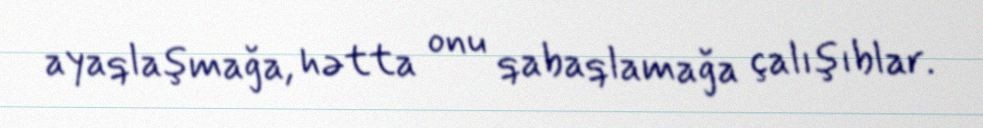
ayaqlaşmağa, hətta onu qabaqlamağa çalışıblar.